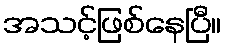
အသင့်ဖြစ်နေပြီ။